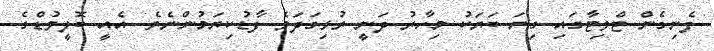
ފެނިގެން ޓްވިޓާގައި ގިނަ ބަޔަކު މިހާރު ދަނީ ރުޅިގަދަވެ ފާޑުކިޔަމުންނެވެ. އެއީ ބޮލީވުޑްގެ